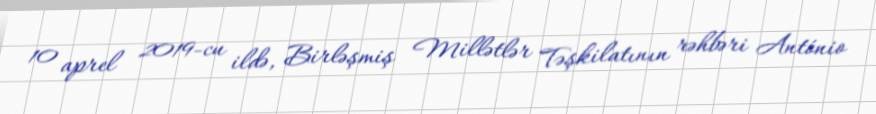
10 aprel 2019-cu ildə, Birləşmiş Millətlər Təşkilatının rəhbəri António